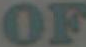
OF